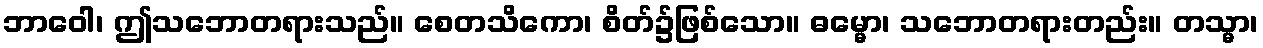
ဘာဝေါ၊ ဤသဘောတရားသည်။ စေတသိကော၊ စိတ်၌ဖြစ်သော။ ဓမ္မော၊ သဘောတရားတည်း။ တသ္မာ၊